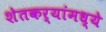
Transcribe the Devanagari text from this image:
शेतकर्‍यांमध्ये